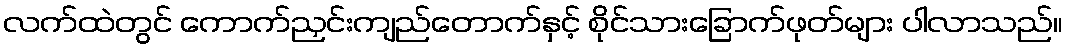
လက်ထဲတွင် ကောက်ညှင်းကျည်တောက်နှင့် စိုင်သားခြောက်ဖုတ်များ ပါလာသည်။